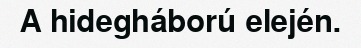
A hidegháború elején.